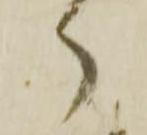
ら